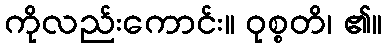
ကိုလည်းကောင်း။ ဝုစ္စတိ၊ ၏။